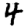
Digit: 4